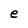
Character: e